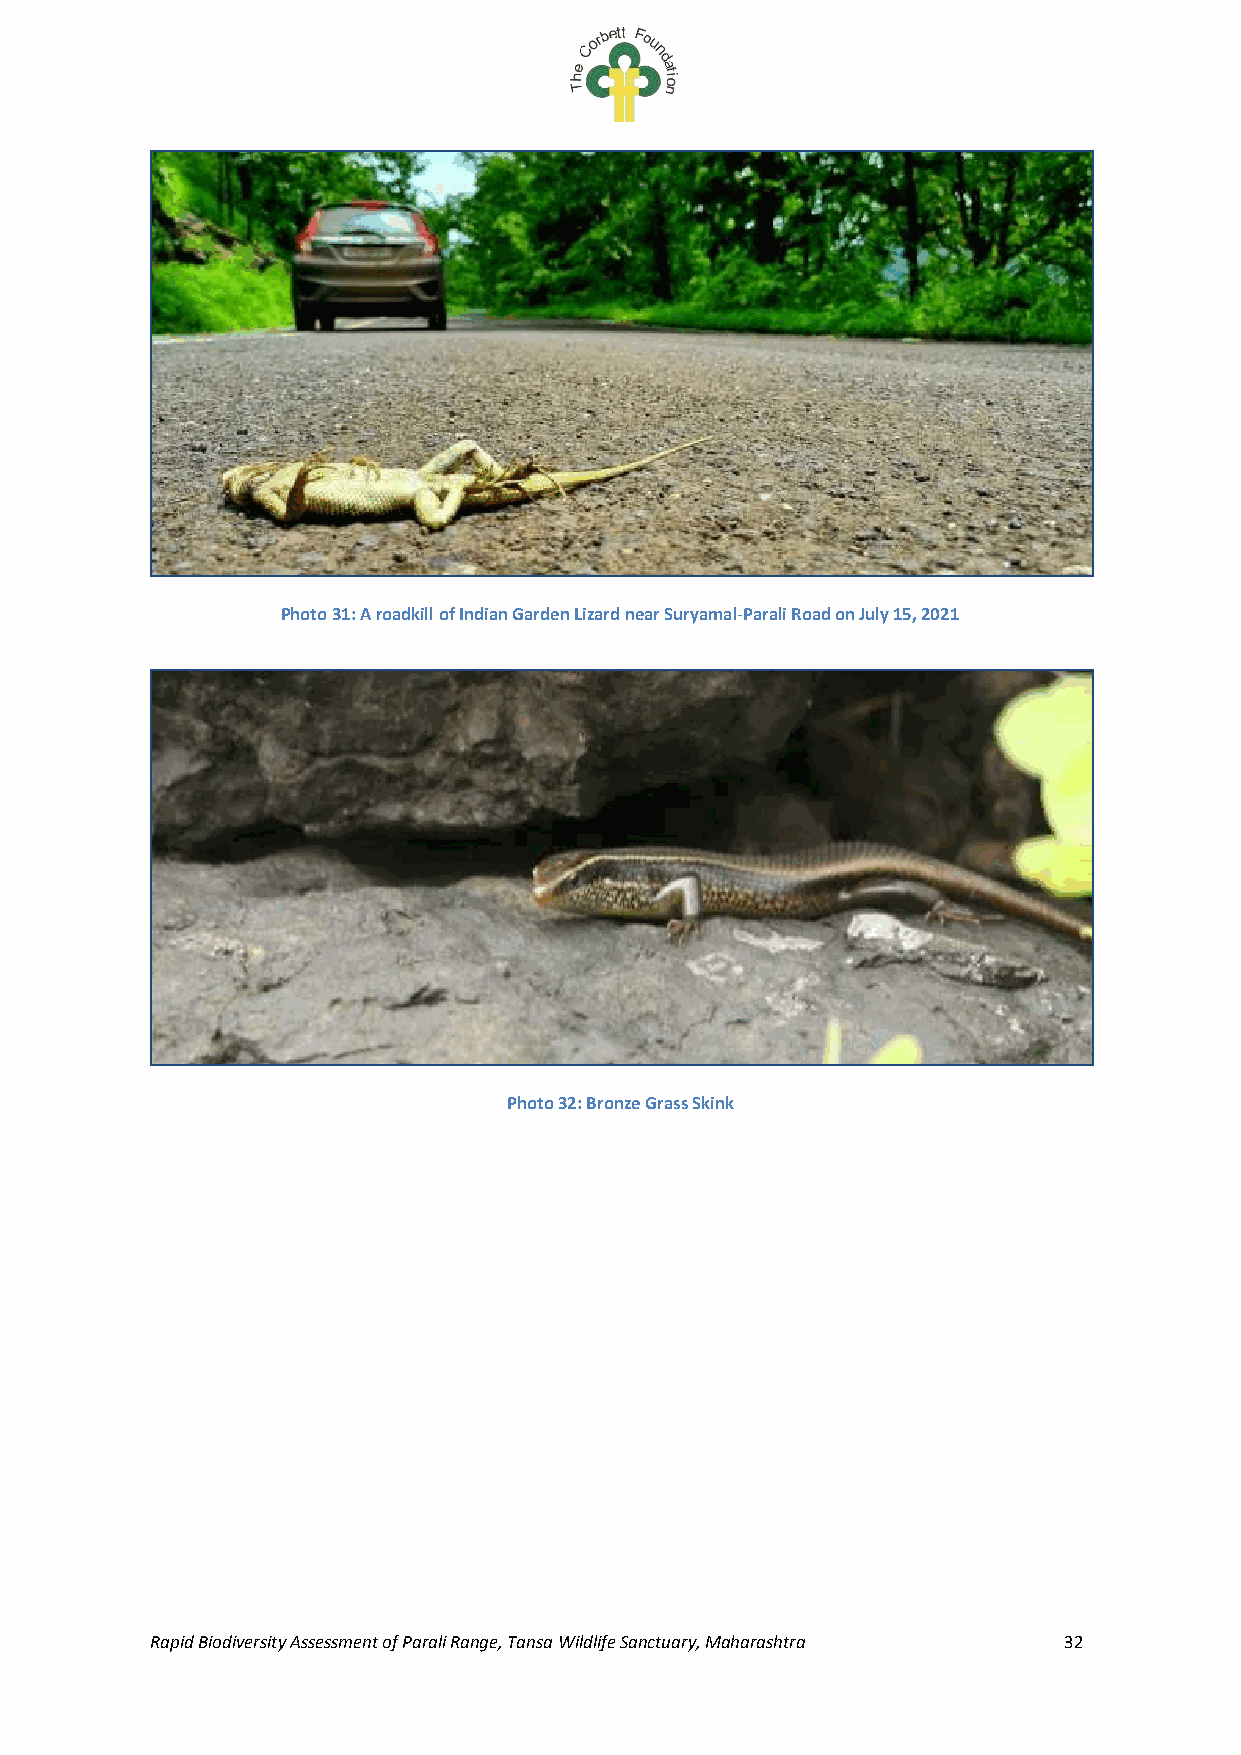
Photo 31: A roadkill of Indian Garden Lizard near Suryamal-Parali Road on July 15, 2021
 Photo 32: Bronze Grass Skink
 Rapid Biodiversity Assessment of Parali Range, Tansa Wildlife Sanctuary, Maharashtra 32